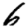
Digit: 6